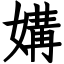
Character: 媾